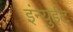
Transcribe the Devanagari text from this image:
इंन्युईट